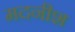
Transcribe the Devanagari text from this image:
मदनीश